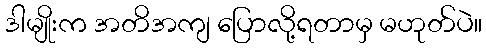
ဒါမျိုးက အတိအကျ ပြောလို့ရတာမှ မဟုတ်ပဲ။